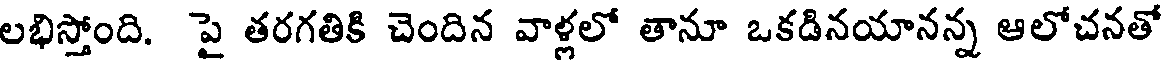
లభిస్తోంది. పై తరగతికి చెందిన వాళ్లలో తానూ ఒకడినయానన్న ఆలోచనతో